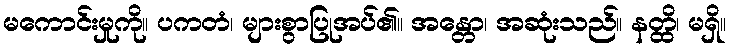
မကောင်းမှုကို။ ပကတံ၊ များစွာပြုအပ်၏။ အန္တော၊ အဆုံးသည်။ နတ္ထိ၊ မရှိ။